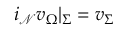
i _ { \mathcal { N } } v _ { \Omega } | _ { \Sigma } = v _ { \Sigma }